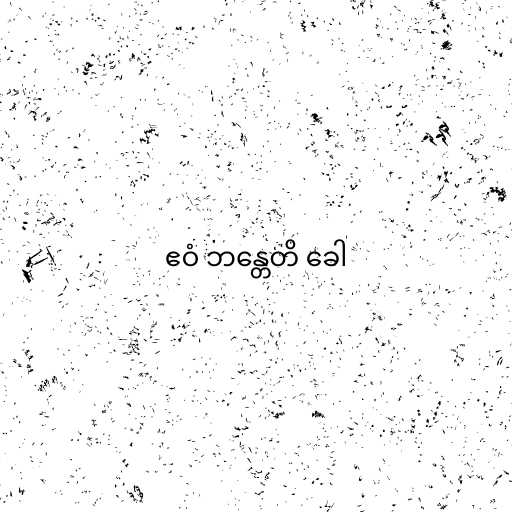
ဧဝံ ဘန္တေတိ ခေါ